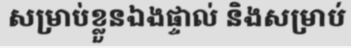
សម្រាប់ខ្លួនឯងផ្ទាល់ និងសម្រាប់